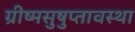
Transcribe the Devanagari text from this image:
ग्रीष्मसुषुप्तावस्था